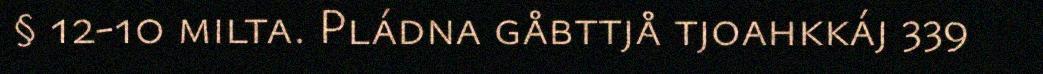
§ 12-10 milta. Pládna gåbttjå tjoahkkáj 339